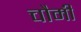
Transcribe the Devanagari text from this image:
चौमी